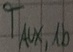
Text: TAUX,1b